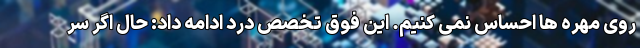
روی مهره ها احساس نمی کنیم. این فوق تخصص درد ادامه داد: حال اگر سر